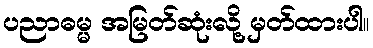
ပညာဓမ္မ အမြတ်ဆုံးလို့ မှတ်ထားပါ။